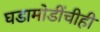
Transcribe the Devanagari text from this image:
घडामोडींचीही